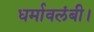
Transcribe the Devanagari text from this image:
धर्मावलंबी।